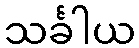
သင်္ခါယ